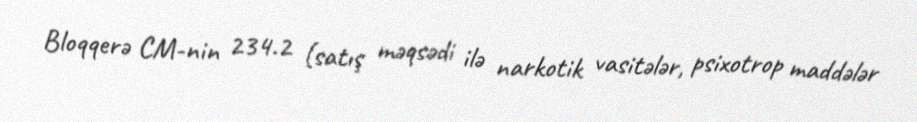
Bloqqerə CM-nin 234.2 (satış məqsədi ilə narkotik vasitələr, psixotrop maddələr